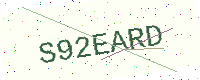
Text: S92EARD